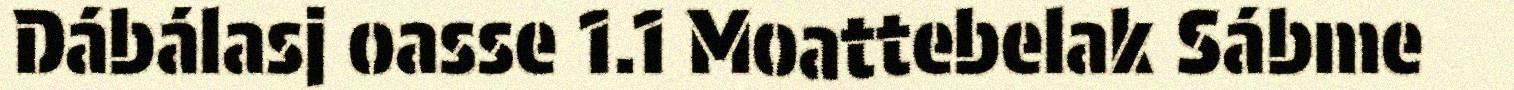
Dábálasj oasse 1.1 Moattebelak Sábme